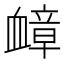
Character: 𫋬